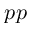
p p